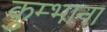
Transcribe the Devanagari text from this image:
कुम्भाना